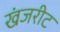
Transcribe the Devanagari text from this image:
खंजरीट